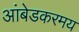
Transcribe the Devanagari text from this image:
आंबेडकरमय